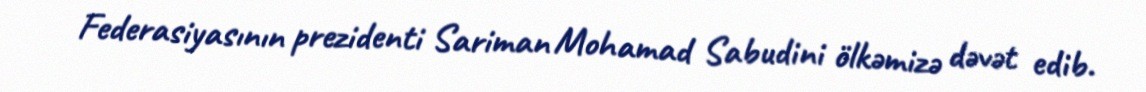
Federasiyasının prezidenti Sariman Mohamad Sabudini ölkəmizə dəvət edib.